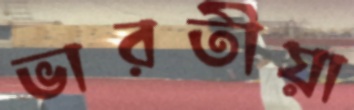
ভারতীয়া